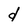
Character: d